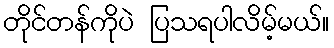
တိုင်တန်ကိုပဲ ပြသရပါလိမ့်မယ်။